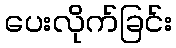
ပေးလိုက်ခြင်း